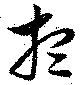
想